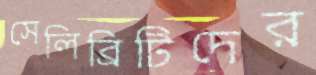
সেলিব্রিটিদের